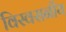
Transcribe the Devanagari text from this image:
विस्वसनीय